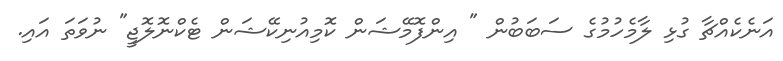
އަނެކެއްޗާ ގުޅި ލާމެހުމުގެ ސަބަބުން " އިންފޮމޭޝަން ކޮމިއުނިކޭޝަން ޓެކްނޮލޮޖީ" ނުވަތަ އައި.